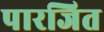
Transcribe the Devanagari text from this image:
पारजित